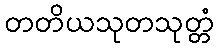
တတိယသုတသုတ္တံ